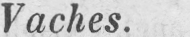
Vaches.